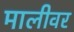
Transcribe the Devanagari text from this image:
मालीवर